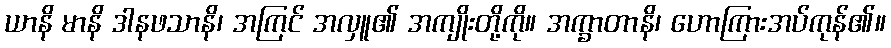
ယာနိ မာနိ ဒါနဖသာနိ၊ အကြင် အလှူ၏ အကျိုးတို့ကို။ အက္ခာတာနိ၊ ဟောကြားအပ်ကုန်၏။